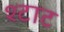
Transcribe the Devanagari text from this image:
श्टाट